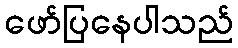
ဖော်ပြနေပါသည်